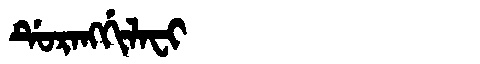
Manchu: ᡩᡠᡵᠠᠩᡤᡳᠯᠠᠸᡳ
Romanization: DURANGGILAFI